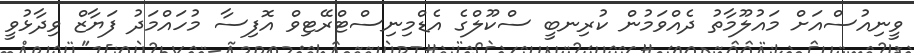
ވީނިއުސްއަށް މައުލޫމާތު ދެއްވަމުން ކުރިނބީ ސްކޫލްގެ އެޑްމިނިސްޓްރޭޓިވް އޮފިސާ މުހައްމަދު ފަޔާޒް ވިދާޅުވީ